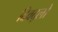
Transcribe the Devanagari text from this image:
दिवद्लो